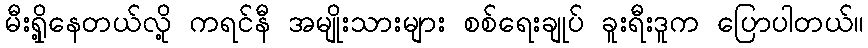
မီးရှို့နေတယ်လို့ ကရင်နီ အမျိုးသားများ စစ်ရေးချုပ် ခူးရီးဒူက ပြောပါတယ်။